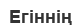
Егіннің